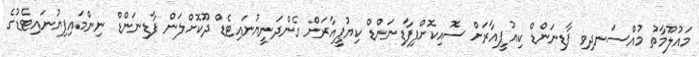
މައުލޫމާތު މުއްސަނދިވި ފާޑިނަންޑް ކިއުޕީއާރަށް ސޮއިކޮށްފިފާޑިނަންޑް ކިޔުޕީއާރަށް ގެންދަނީޔުނައިޓެޑް ދޫކޮށްލަން ފާޑިނަންޑް ނިންމައިފިޔުނައިޓެޑުގެ